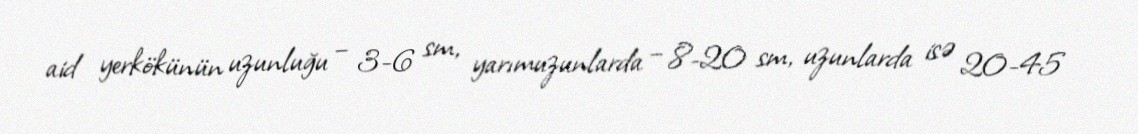
aid yerkökünün uzunluğu – 3-6 sm, yarımuzunlarda – 8-20 sm, uzunlarda isə 20-45